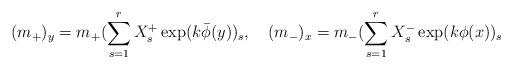
LaTeX: \begin{align*}(m_+)_y=m_+(\sum_{s=1}^r X^+_s \exp (k\bar \phi(y))_s,\quad(m_-)_x=m_-(\sum_{s=1}^r X^-_s \exp (k\phi(x))_s \end{align*}